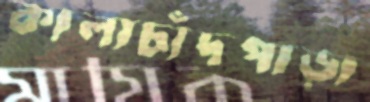
কালাচাঁদপাড়া